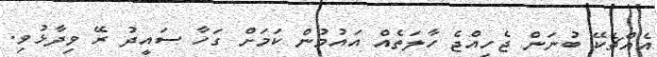
އެއްޗެކޭ ބުނަން ޖެހިއްޖެ ހާލަތެއް އައުމުން ކަމަށް ގަހާ ސައީދު ރޭ ވިދާޅުވި.